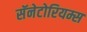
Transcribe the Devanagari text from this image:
सॅनेटोरियम्स